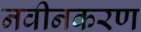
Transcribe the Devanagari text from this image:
नवीनकरण